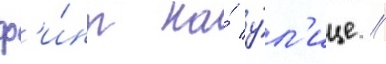
ф'и́нт на́ у́л'ице //